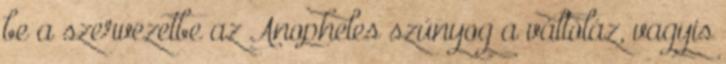
be a szervezetbe az Anopheles szúnyog a váltóláz, vagyis